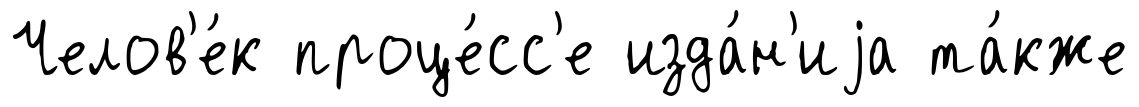
Челов'е́к проце́сс'е изда́н'иjа та́кже